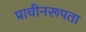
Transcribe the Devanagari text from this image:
प्राचीनरूपता